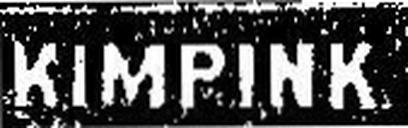
KIMPINK